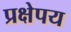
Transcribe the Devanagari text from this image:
प्रक्षेपय